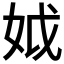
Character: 𡛟